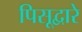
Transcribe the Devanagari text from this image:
पिसूद्वारे